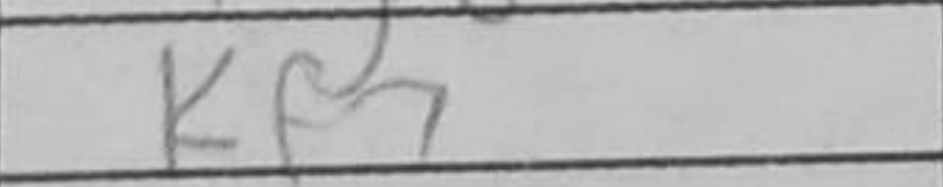
Transcription: Kf7